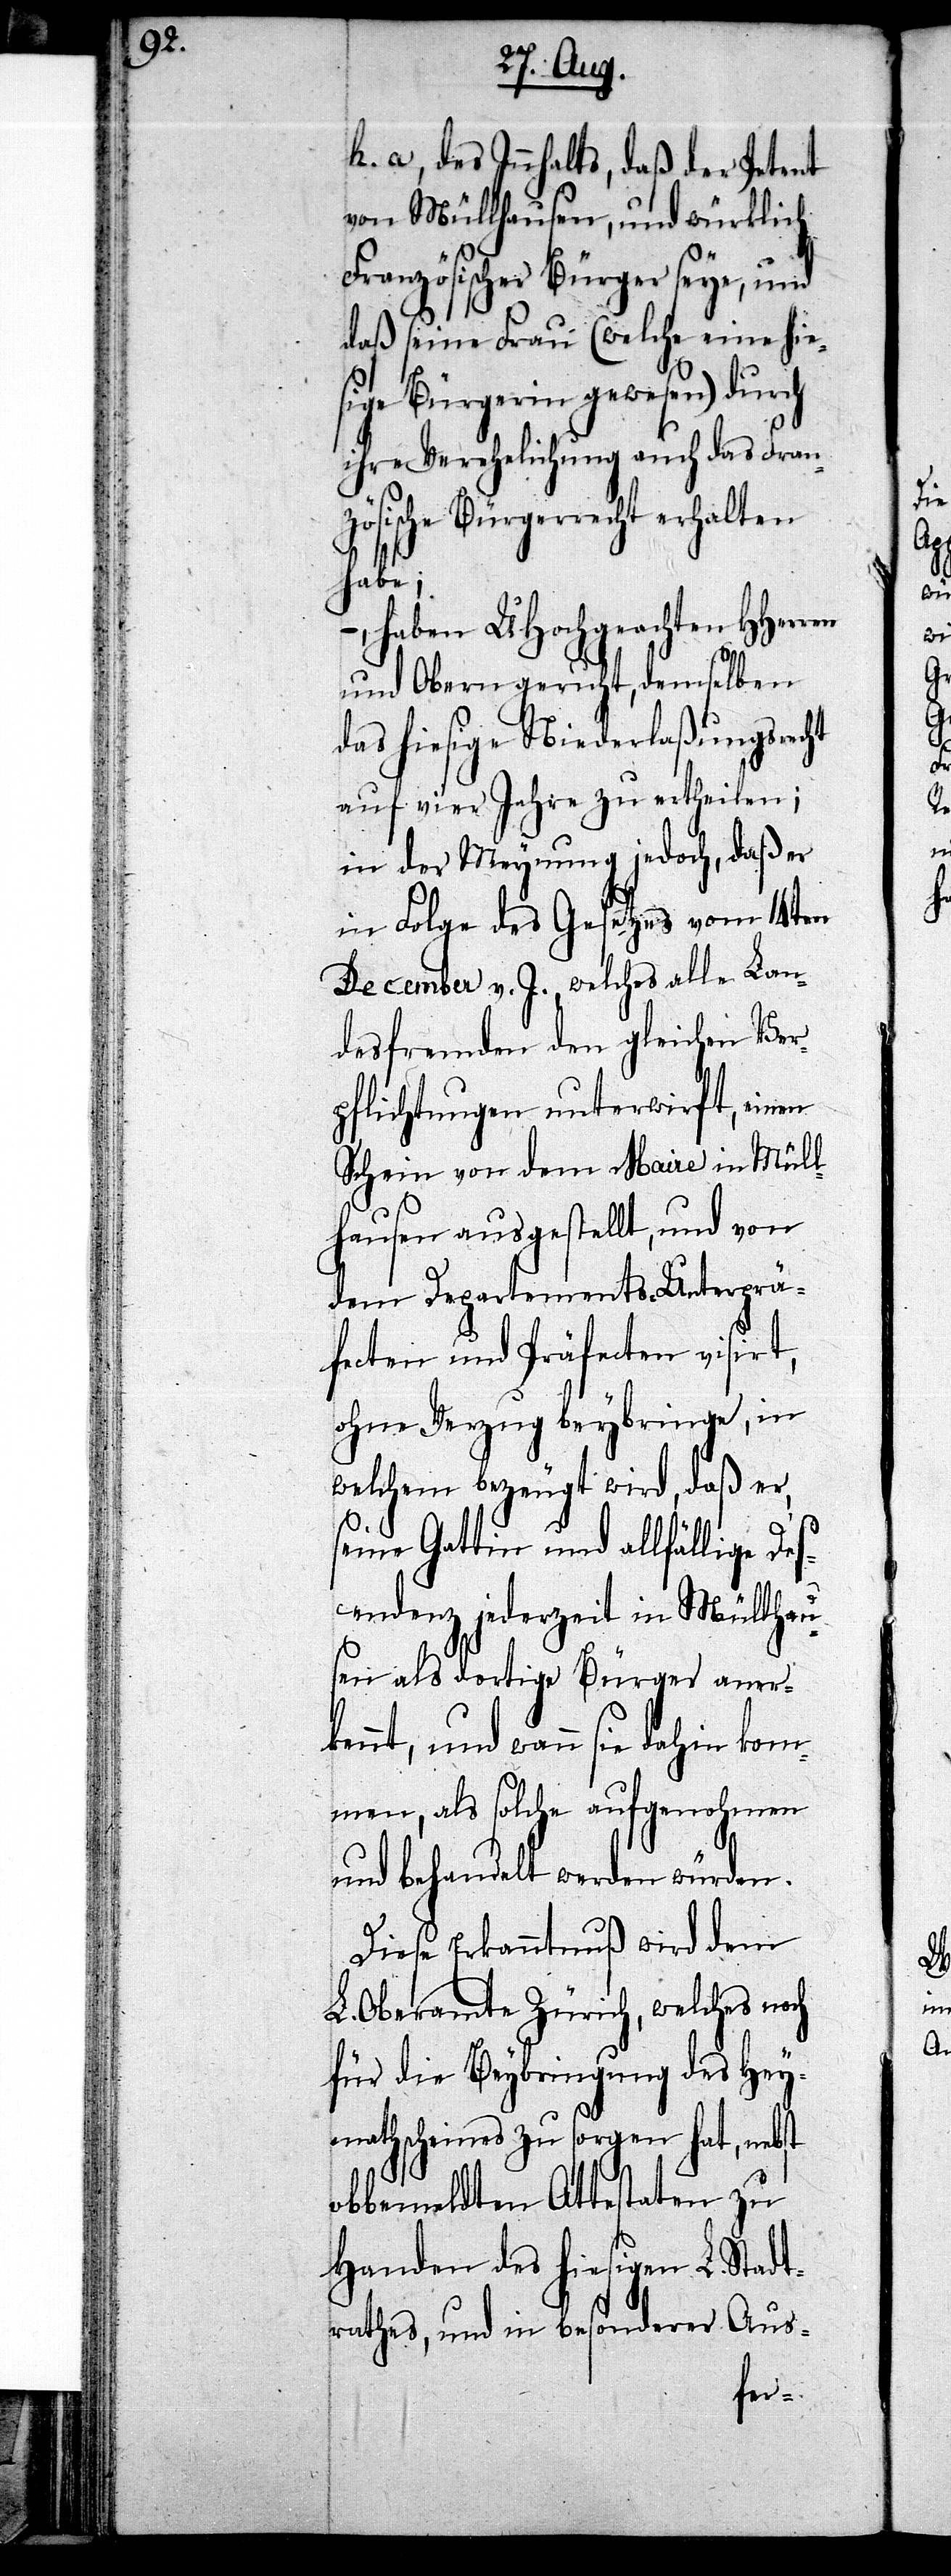
h. a., des Innhalts, daß der Petent
von Müllhausen, und würklich
Französischer Bürger seye, und
daß seine Frau (welche eine hie¬
sige Bürgerin gewesen) durch
ihre Verehelichung auch das Franz¬
ösische Bürgerrecht erhalten
habe;
–, haben UHochgeachten HHerren
und Obern geruht, demselben
das hiesige Niederlaßungsrecht
auf vier Jahre zu ertheilen;
in der Meynung jedoch, daß er
in Folge des Gesetzes vom 14ten
December v. J., welches alle Lan¬
desfremden den gleichen Ver¬
pflichtungen unterwirft, einen
Schein von dem Maire in Müll¬
hausen ausgestellt, und von
dem Departements-Unterprä¬
fecten und Präfecten visirt,
ohne Verzug beybringe, in
welchem bezeugt wird, daß er,
seine Gattin und allfällige Des¬
cendenz jederzeit in Müllhau¬
sen als dortige Bürger aner¬
kennt, und wann sie dahin kom¬
men, als solche aufgenohmen
und behandelt werden würden.
Diese Erkanntnuß wird dem
L. Oberamte Zürich, welches noch
für die Beybringung des Hey¬
mathscheines zu sorgen hat, nebst
obbemeldten Attestaten zu
Handen des hiesigen L. Stadt¬
rathes, und in besonderer Aus-